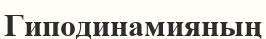
Гиподинамияның